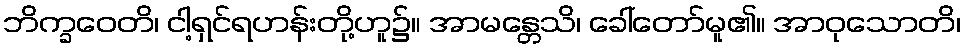
ဘိက္ခဝေတိ၊ ငါ့ရှင်ရဟန်းတို့ဟူ၌။ အာမန္တေသိ၊ ခေါ်တော်မူ၏။ အာဝုသောတိ၊